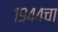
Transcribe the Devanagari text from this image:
१९४४चा